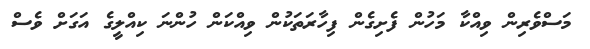
މަސްވެރިން ވިއްކާ މަހުން ފެށިގެން ފިހާރަތަކުން ވިއްކަން ހުންނަ ކިއްލީގެ އަގަށް ވެސް